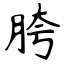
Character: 胯